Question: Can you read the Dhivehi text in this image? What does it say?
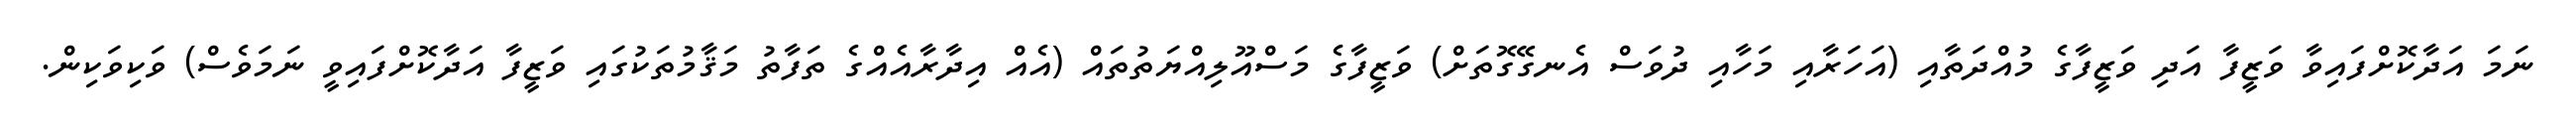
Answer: ނަމަ އަދާކޮށްފައިވާ ވަޒީފާ އަދި ވަޒީފާގެ މުއްދަތާއި (އަހަރާއި މަހާއި ދުވަސް އެނގޭގޮތަށް) ވަޒީފާގެ މަސްއޫލިއްޔަތުތައް (އެއް އިދާރާއެއްގެ ތަފާތު މަޤާމުތަކުގައި ވަޒީފާ އަދާކޮށްފައިވީ ނަމަވެސް) ވަކިވަކިން.